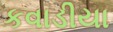
કવાડીયા